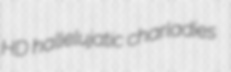
HD hallelujatic charladies